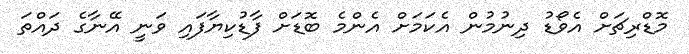
މޮޑްރިޗަށް އެވޯޑު ދިނުމުން އެކަމަށް އެންމެ ބޮޑަށް ފާޑުކިޔާފައި ވަނީ އޭނާގެ ދައްތަ